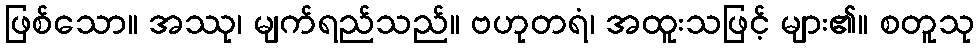
ဖြစ်သော။ အဿု၊ မျက်ရည်သည်။ ဗဟုတရံ၊ အထူးသဖြင့် များ၏။ စတူသု